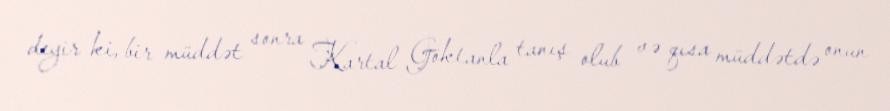
deyir ki, bir müddət sonra Kartal Göktanla tanış olub və qısa müddətdə onun